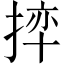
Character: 𪮊